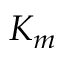
K _ { m }